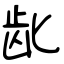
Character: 龀